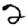
Digit: 2